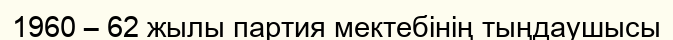
1960 – 62 жылы партия мектебінің тыңдаушысы